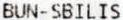
BUN-SBILIS